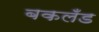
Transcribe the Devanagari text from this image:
बकलँड